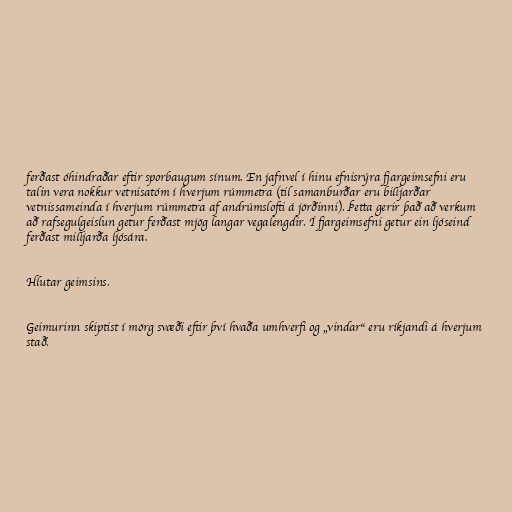
ferðast óhindraðar eftir sporbaugum sínum. En jafnvel í hinu efnisrýra fjargeimsefni eru
talin vera nokkur vetnisatóm í hverjum rúmmetra (til samanburðar eru billjarðar
vetnissameinda í hverjum rúmmetra af andrúmslofti á jörðinni). Þetta gerir það að verkum
að rafsegulgeislun getur ferðast mjög langar vegalengdir. Í fjargeimsefni getur ein ljóseind
ferðast milljarða ljósára.

Hlutar geimsins.

Geimurinn skiptist í mörg svæði eftir því hvaða umhverfi og „vindar“ eru ríkjandi á hverjum
stað.